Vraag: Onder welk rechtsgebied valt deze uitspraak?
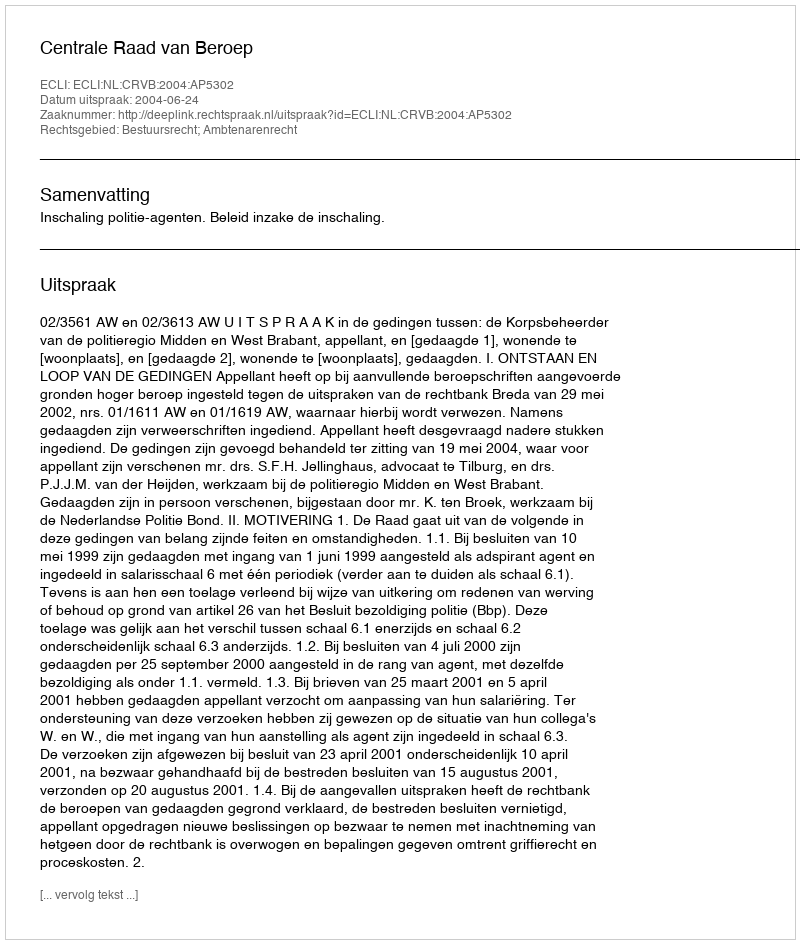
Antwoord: Bestuursrecht; Ambtenarenrecht